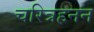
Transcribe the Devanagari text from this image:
चरित्रहनन